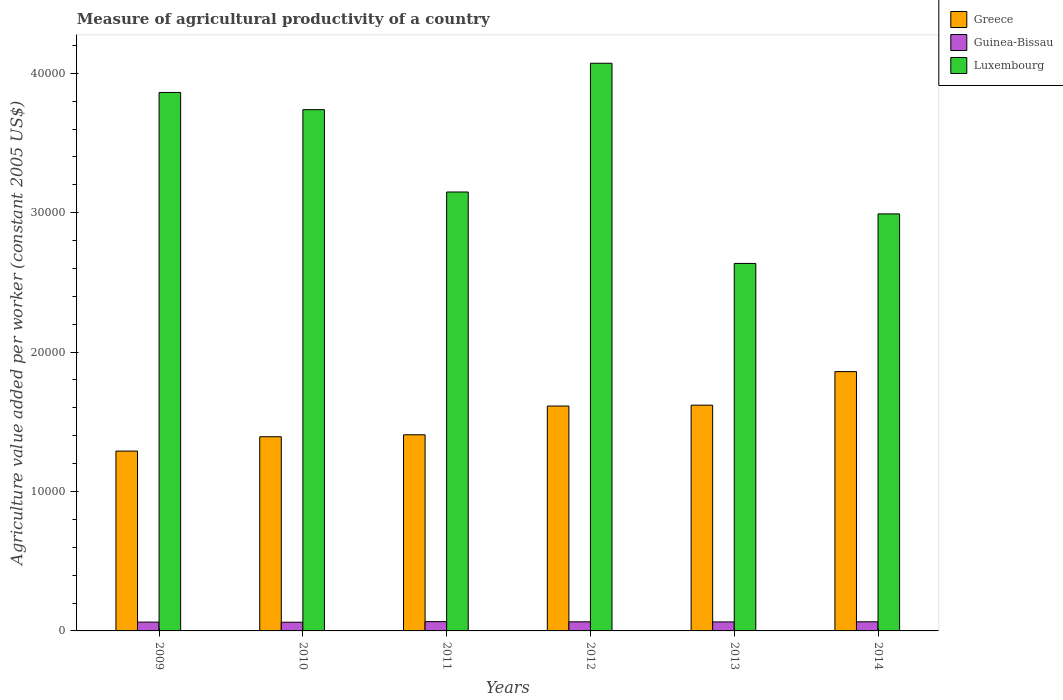
| Years | Greece | Guinea-Bissau | Luxembourg |
 | --- | --- | --- | --- |
 | 2009 | 1.29e+04 | 632 | 3.86e+04 |
 | 2010 | 1.39e+04 | 623 | 3.74e+04 |
 | 2011 | 1.41e+04 | 666 | 3.15e+04 |
 | 2012 | 1.61e+04 | 653 | 4.07e+04 |
 | 2013 | 1.62e+04 | 645 | 2.64e+04 |
 | 2014 | 1.86e+04 | 655 | 2.99e+04 |